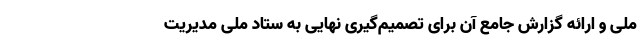
ملی و ارائه گزارش جامع آن برای تصمیم‌گیری نهایی به ستاد ملی مدیریت